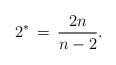
LaTeX: \begin{align*}2^*\, =\, \frac{2n}{n-2}.\end{align*}